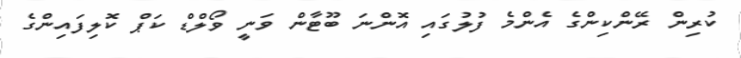
ކުރިން ރޭންކިންގެ އެންމެ ފުލުގައި އޮންނަ ބޫޓާން ވަނީ ވޯލްޑް ކަޕް ކޮލިފައިންގެ